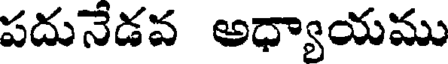
పదునేడవ అధ్యాయము